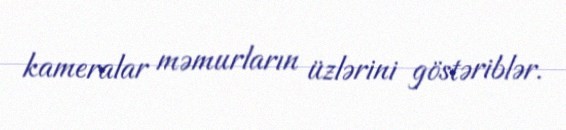
kameralar məmurların üzlərini göstəriblər.